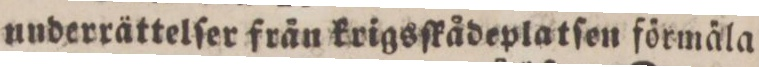
underrättelſer frän krigsſkådeplatſen förmäla